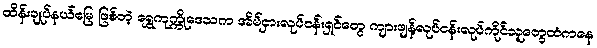
ထိန်းချုပ်နယ်မြေ ဖြစ်တဲ့ ရွှေကုက္ကိုဒေသက အိမ်ငှားလုပ်ငန်းရှင်တွေ ကျားဖျန့်လုပ်ငန်းလုပ်ကိုင်သူတွေထံကနေ